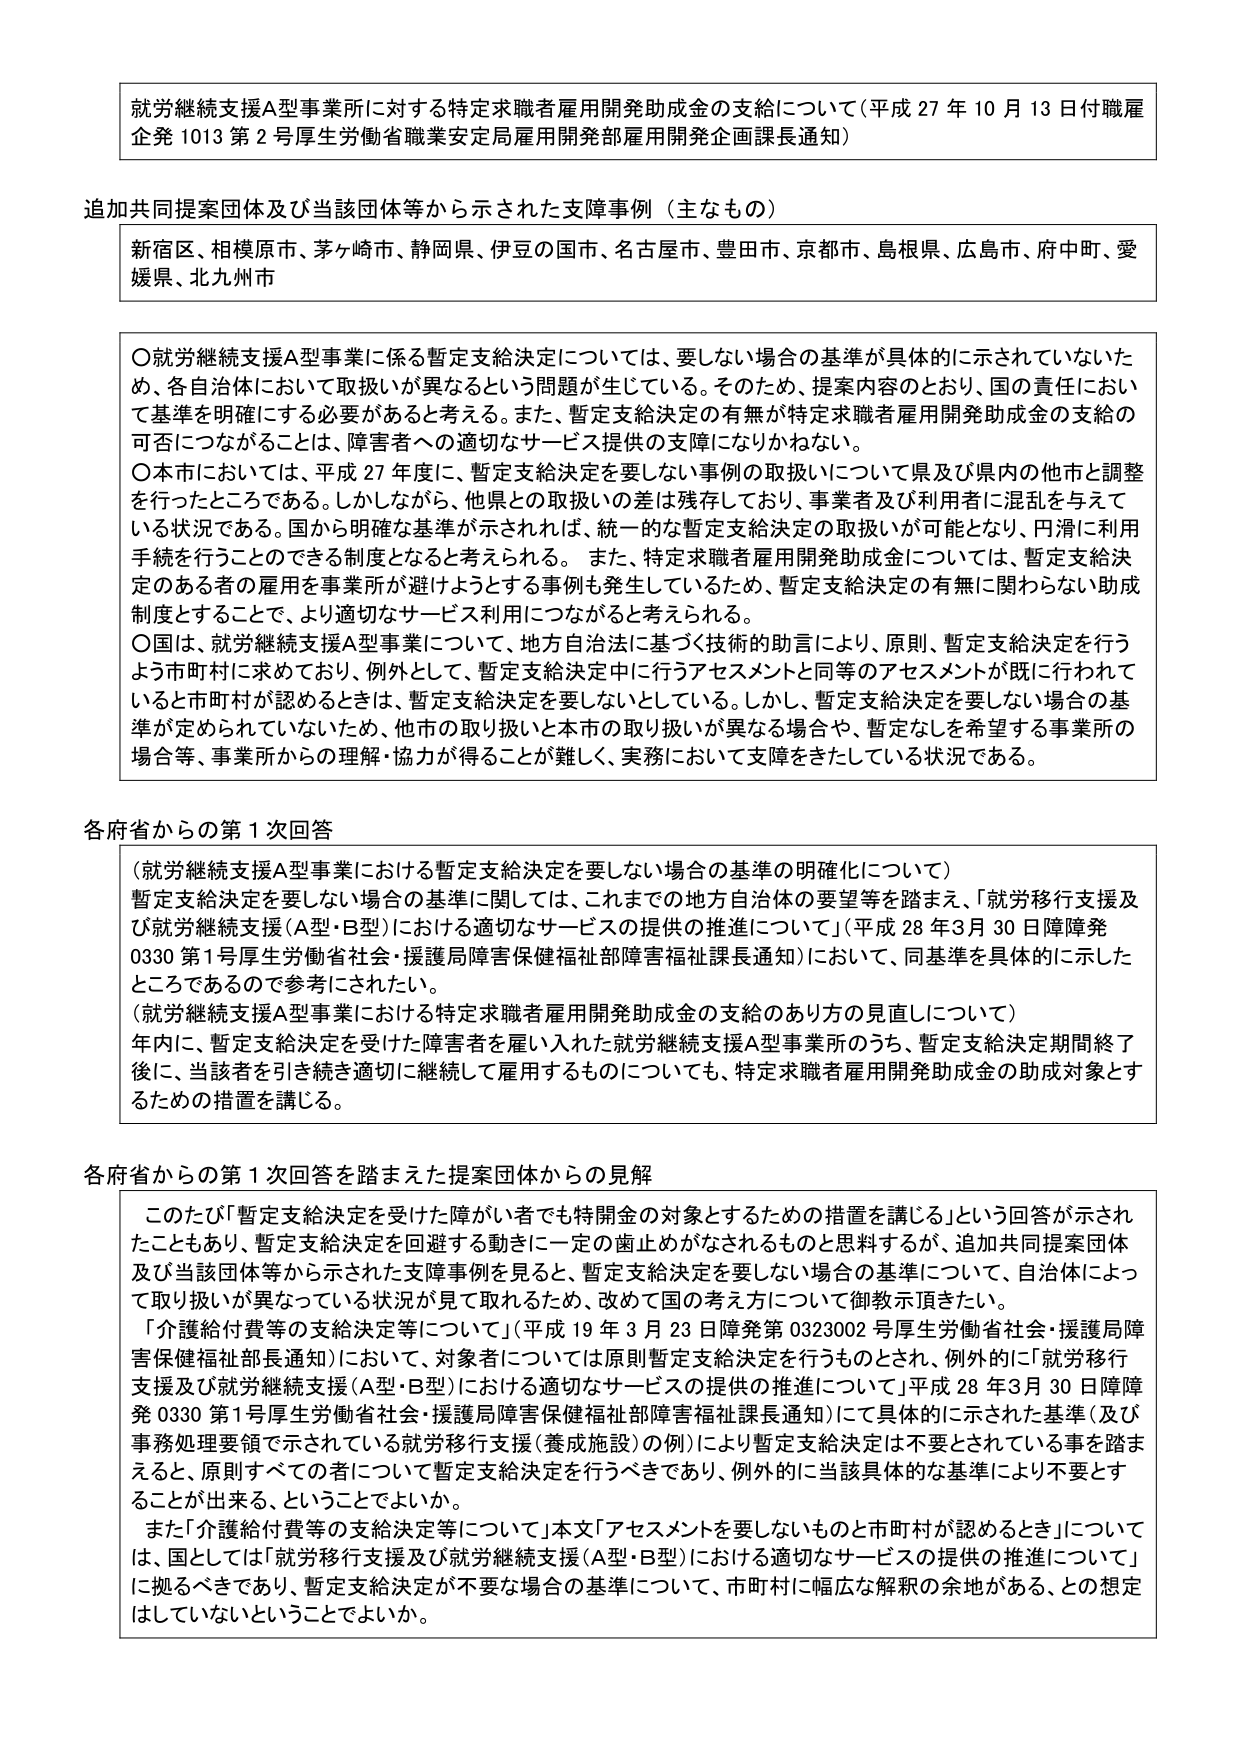
就労継続支援A型事業所に対する特定求職者雇用開発助成金の支給について（平成27年10月13日付職雇企発1013第2号厚生労働省職業安定局雇用開発部雇用開発企画課長通知）

追加共同提案団体及び当該団体等から示された支援事例（主なもの）
新宿区、相模原市、茅ヶ崎市、静岡県、伊豆の国市、名古屋市、豊田市、京都市、島根県、広島市、府中町、愛媛県、北九州市

〇就労継続支援A型事業に係る暫定支給決定については、要しない場合の基準が具体的に示されていないため、各自治体において取扱いが異なるという問題が生じている。そのため、提案内容のとおり、国の責任において基準を明確にする必要があると考える。また、暫定支給決定の有無が特定求職者雇用開発助成金の支給の可否につながることは、障害者への適切なサービス提供の支障になりかねない。
〇本市においては、平成27年度に、暫定支給決定を要しない事例の取扱いについて県及び県内の他市と調整を行ったところである。しかしながら、他県との取扱いの差は残存しており、事業者及び利用者に混乱を与えて いる状況である。国から明確な基準が示されれば、統一的な暫定支給決定の取扱いが可能となり、円滑に利用手続を行うことのできる制度となると考えられる。また、特定求職者雇用開発助成金については、暫定支給決定のある者の雇用を事業所が避けようとする事例も発生しているため、暫定支給決定の有無に関わらない助成制度とすることで、より適切なサービス利用につながると考えられる。
〇国は、就労継続支援A型事業について、地方自治法に基づく技術的助言により、原則、暫定支給決定を行うよう市町村に求めており、例外として、暫定支給決定中に行うアセスメントと同等のアセスメントが既に行われている市町村が認めるときは、暫定支給決定を要しないとしている。しかし、暫定支給決定を要しない場合の基準が定められていないため、他市の取り扱いと本市の取り扱いが異なる場合や、暫定なしを希望する事業所の場合等、事業所からの理解・協力が得ることが難しく、実務において支障をきたしている状況である。

各府省からの第1次回答
（就労継続支援A型事業における暫定支給決定を要しない場合の基準の明確化について）
暫定支給決定を要しない場合の基準に関しては、これまでの地方自治体の要望等を踏まえ、「就労移行支援及び就労継続支援（A型・B型）における適切なサービスの提供の推進について」（平成28年3月30日障障発0330第1号厚生労働省社会・援護局障害保健福祉部障害福祉課長通知）において、同基準を具体的に示したところであるので参考にされたい。
（就労継続支援A型事業における特定求職者雇用開発助成金の支給のあり方の見直しについて）
年内に、暫定支給決定を受けた障害者を雇い入れた就労継続支援A型事業所のうち、暫定支給決定期間終了後に、当該者を引き続き適切に継続して雇用するものについても、特定求職者雇用開発助成金の助成対象とするための措置を講じる。

各府省からの第1次回答を踏まえた提案団体からの見解
このたび「暫定支給決定を受けた障がい者でも特開金の対象とするための措置を講じる」という回答が示されたこともあり、暫定支給決定を回避する動きは一定の歯止めがなされるものと史料するが、追加共同提案団体及び当該団体等から示された支援事例を見ると、暫定支給決定を要しない場合の基準について、自治体によって取り扱いが異なっている状況が見て取れるため、改めて国の考え方について御教示頂きたい。
「介護給付費等の支給決定等について」（平成19年3月23日障発第0323002号厚生労働省社会・援護局障害保健福祉部長通知）において、対象者については原則暫定支給決定を行うものとされ、例外的に「就労移行支援及び就労継続支援（A型・B型）における適切なサービスの提供の推進について」平成28年3月30日障障発0330第1号厚生労働省社会・援護局障害保健福祉部障害福祉課長通知）にて具体的に示された基準（及び事務処理要領で示されている就労移行支援（養成施設）の例）により暫定支給決定は不要とされている事を踏まえると、原則すべての者について暫定支給決定を行うべきであり、例外的に当該具体的な基準により不要とすることが出来る、ということでよいか。
また「介護給付費等の支給決定等について」本文「アセスメントを要しないものと市町村が認めるとき」については、国としては「就労移行支援及び就労継続支援（A型・B型）における適切なサービスの提供の推進について」に拠るべきであり、暫定支給決定が不要な場合の基準について、市町村に幅広な解釈の余地がある、との想定はしていないということでよいか。